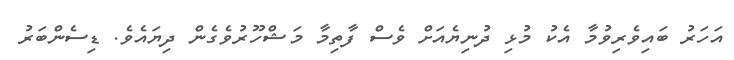
އަހަރު ބައިވެރިވުމާ އެކު މުޅި ދުނިޔެއަށް ވެސް ފާތިމާ މަޝްހޫރުވެގެން ދިޔައެވެ. ޑިސެންބަރު